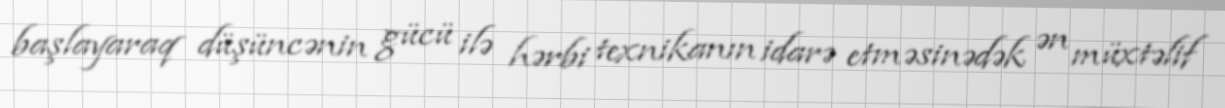
başlayaraq düşüncənin gücü ilə hərbi texnikanın idarə etməsinədək ən müxtəlif